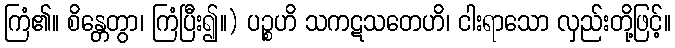
ကြံ၏။ စိန္တေတွာ၊ ကြံပြီး၍။) ပဉ္စဟိ သကဋသတေဟိ၊ ငါးရာသော လှည်းတို့ဖြင့်။